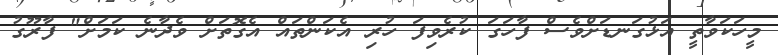
މީހަކަވާތީ އަޅުގަނޑަށްވެސް ފާހަގަ ކުރެވިފަ ހުރި އެކަންތައް އެގޮތަށް ވެދާނެ ކަމަށް" ފާރޫގު